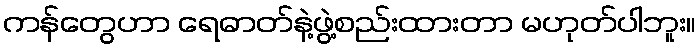
ကန်တွေဟာ ရေဓာတ်နဲ့ဖွဲ့စည်းထားတာ မဟုတ်ပါဘူး။